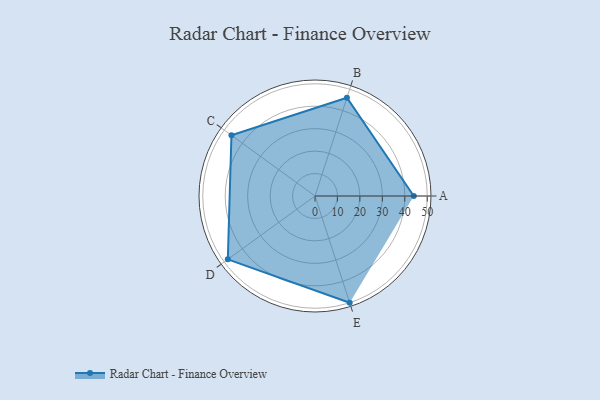
{"axis": {"x": "Skill", "y": "Score"}, "legend": ["Profile"], "data": [{"x": "A", "y": 44.0, "type": "Profile"}, {"x": "B", "y": 46.0, "type": "Profile"}, {"x": "C", "y": 46.0, "type": "Profile"}, {"x": "D", "y": 48.0, "type": "Profile"}, {"x": "E", "y": 50.0, "type": "Profile"}]}